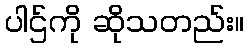
ပါဌ်ကို ဆိုသတည်း။